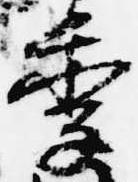
季